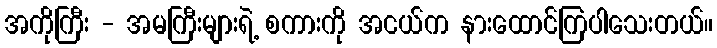
အကိုကြီး - အမကြီးများရဲ့ စကားကို အငယ်က နားထောင်ကြပါသေးတယ်။